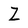
Character: Z